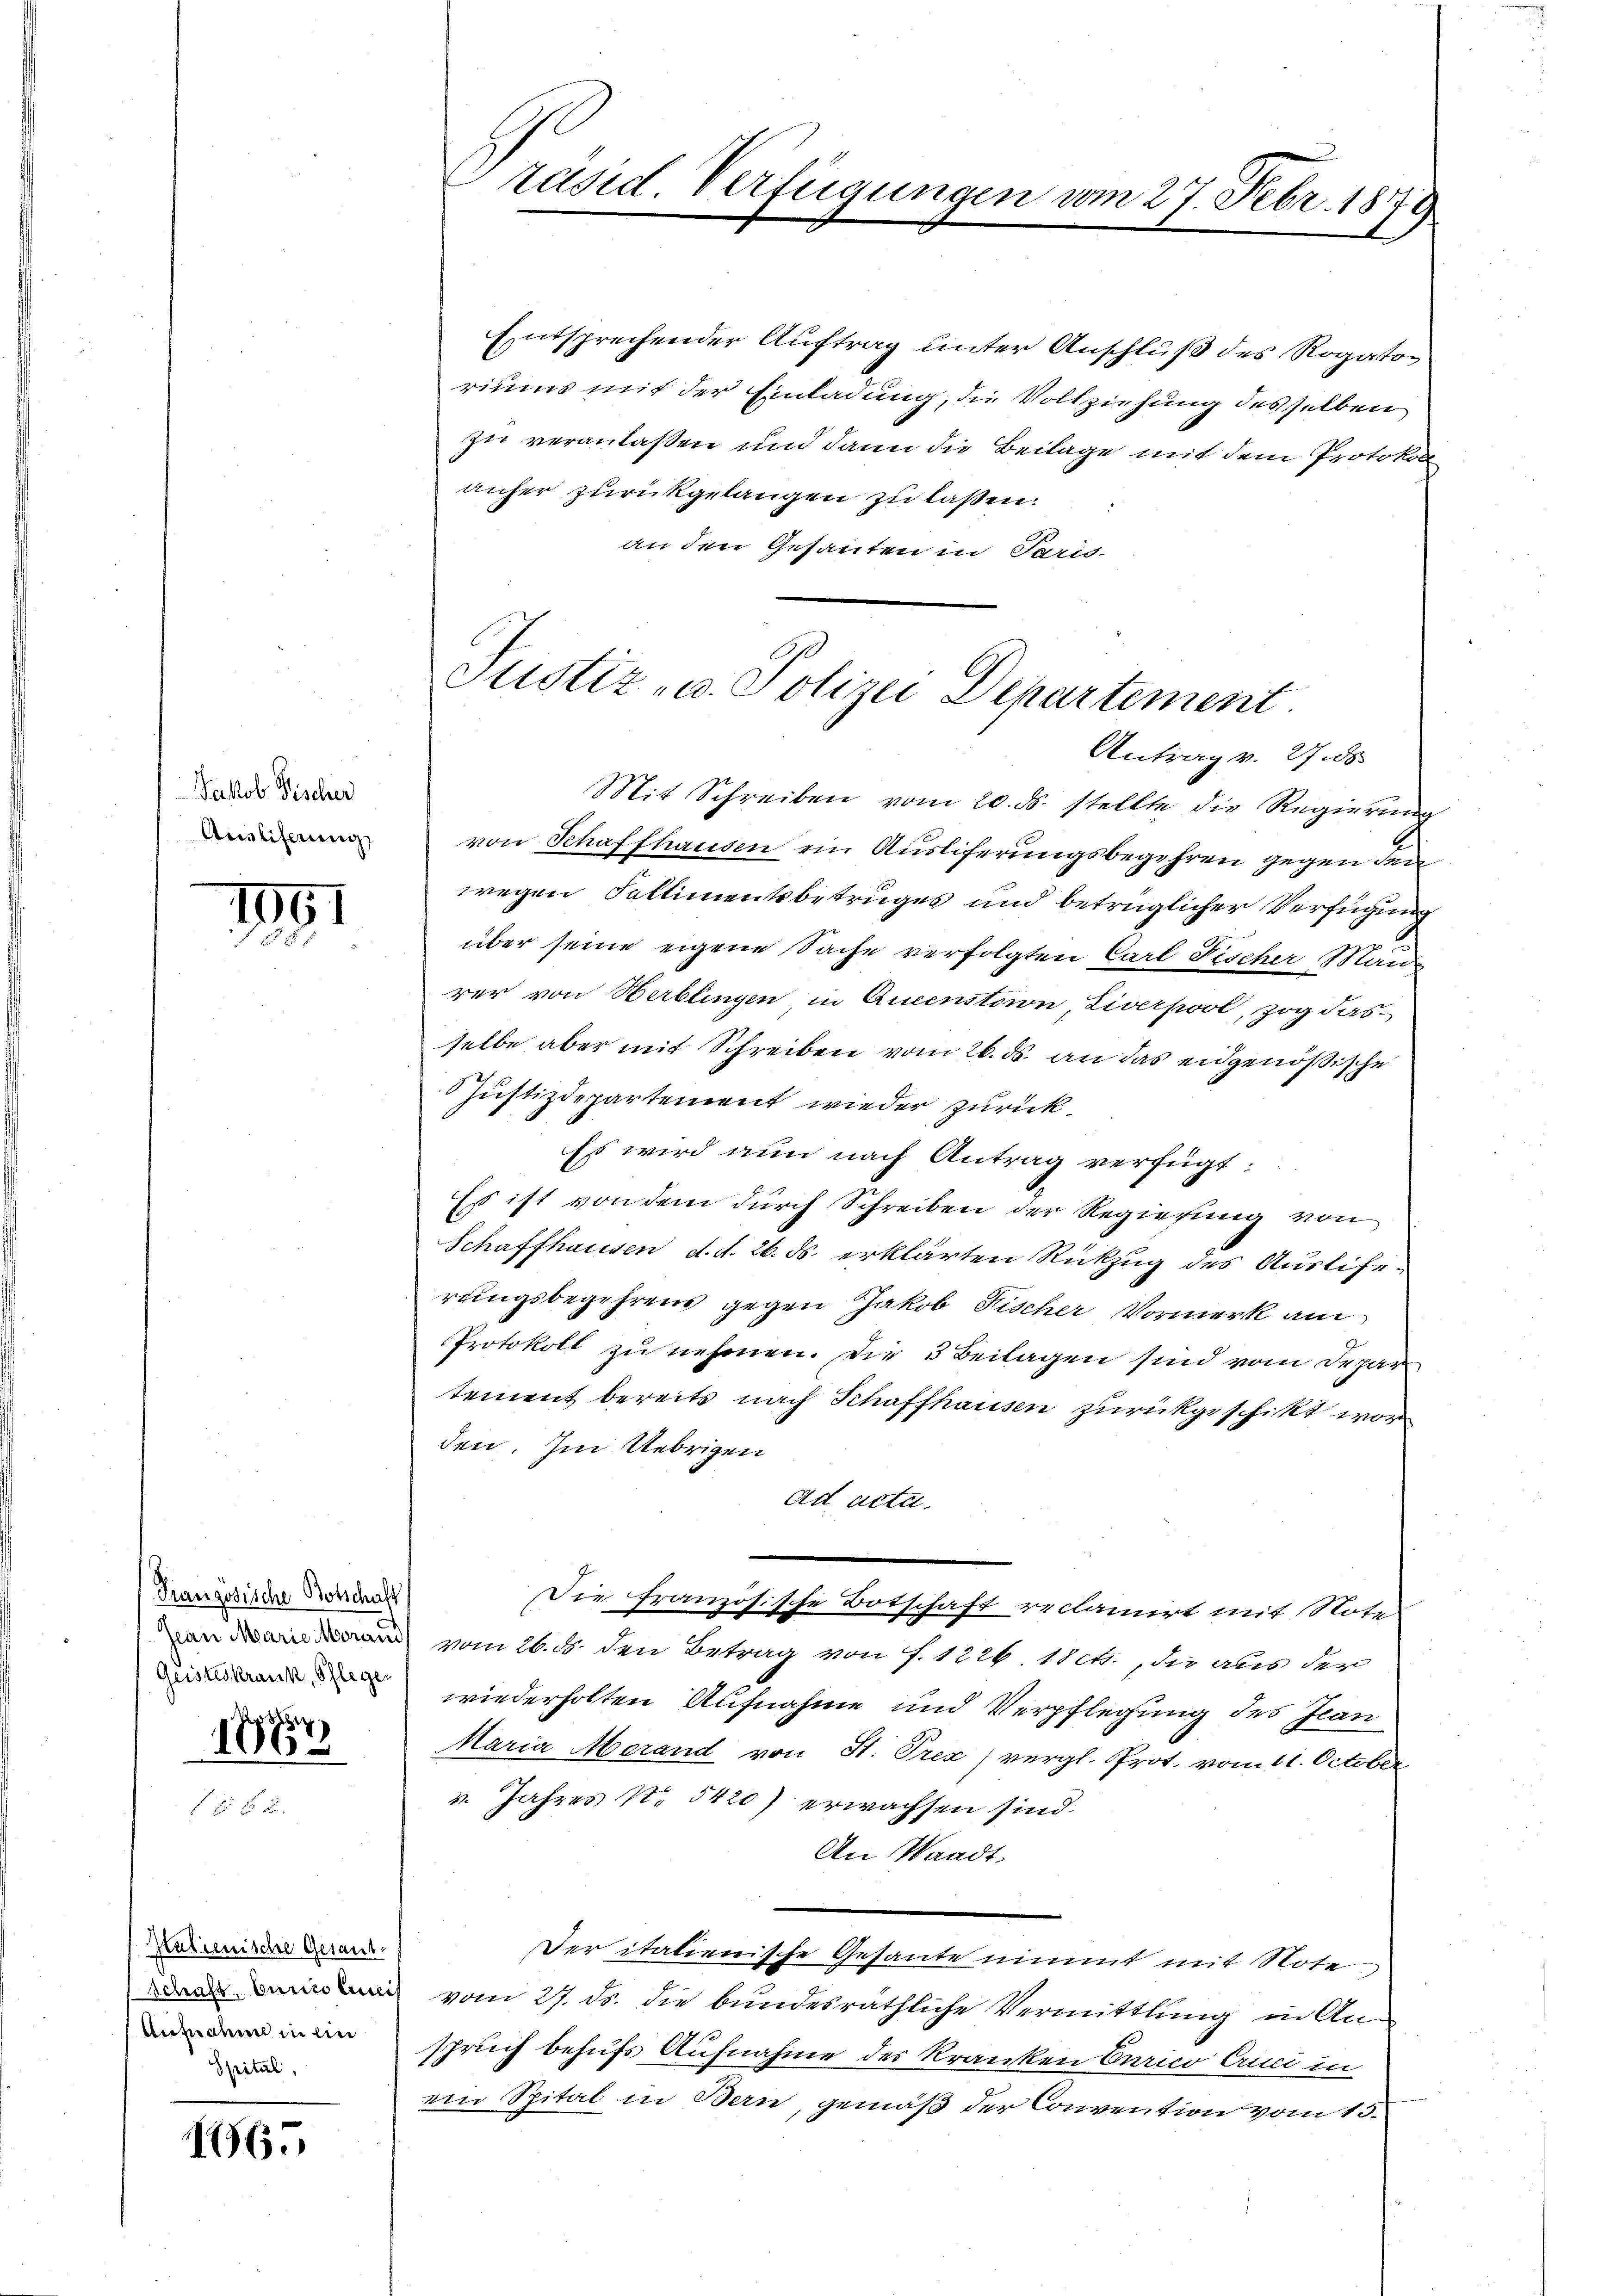
Jakob Fischer
Ansliferung

165

1191

Französische Botschaft
Geisteskrank, Pfleger

27
1886

Kalienische Gesant.
Anfideme in ein
Spital,

räsid. Verfügungen vom 27. Febr. 1870

Entsprechender Auftrag unter Anschluß des Rogatoriums mit der Einladung, die Vollziehung desselben
zu veranlaßen und dann die Beilage mit dem Protokol
anher zurückgelangen zu laßen.
an den Gesanten in Paris-

Justiz- u. Polizei Departement.
Antrag v. 27. ds

Mit Schreiben vom 20. ds. stellte die Regierung
von Schaffhausen ein Auslieferungsbegehren gegen den
wegen Fallimentsbetruges und betrüglicher Verfügung
über seine eigene Sache verfolgten Carl Fischer Mande
rer von Herblingen, in Queenstaion, Liverpool, zog das
selbe aber mit Schreiben vom 26. ds. an das eidgenößische
 Justizdepartement wieder zurück.
Es wird nun nach Antrag verfügt:
Es ist von dem durch Schreiben der Regierung von
Schaffhausen d. d. 26. ds. erklärten Rückzug des Ausliferungsbegehrend gegen Jakob Fischer Vormerk am
Protokoll zu nehmen. Die 3 Beilagen sind vom Departement bereits nach Schaffhausen zurückgeschikt worden. Im Uebrigen
ad acte.
Die französische Botschaft reclamirt mit Note
von vom 26. d. den Betrag von f. 1226 10ch., die aber der
wiederholten Aufnahme und Verpflegung des Jean
Maria Merand von St. Prex) vergl. Prot. vom 11. October
v. Jahres No. 5420) erwachsen sind.
An Waadt.
Der italienische Gesante nimmt mit Note
 vom 27. ds. die bundesräthliche Vermittlung in An-
spruch behufs Aufnahme des kranken Curico Cruci in
ein Spital in Bern, gemäß der Convention vom 13.